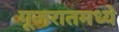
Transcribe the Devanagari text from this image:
गूजरातमध्ये